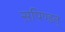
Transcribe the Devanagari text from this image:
सपिण्डन्